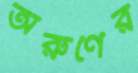
অরুণের